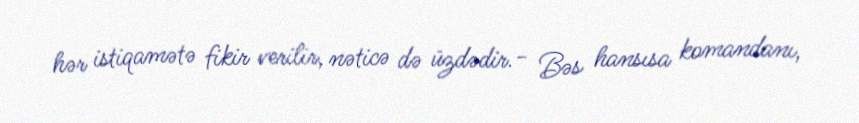
hər istiqamətə fikir verilir, nəticə də üzdədir.- Bəs hansısa komandanı,